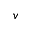
v